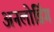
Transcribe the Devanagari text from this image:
अनलोडिंग